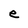
Character: e